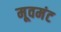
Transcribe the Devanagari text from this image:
मूवमंट